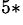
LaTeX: ^{5\ast}